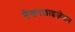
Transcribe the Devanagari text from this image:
नैशनलाइज़ेशन